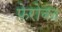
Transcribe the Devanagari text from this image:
फेरोक।